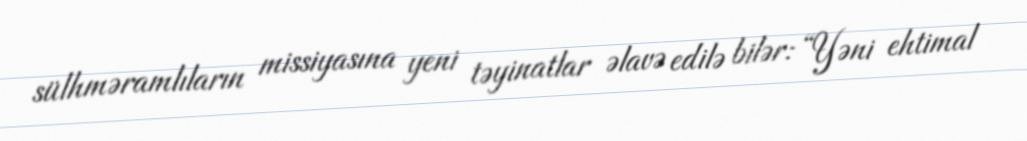
sülhməramlıların missiyasına yeni təyinatlar əlavə edilə bilər: “Yəni ehtimal